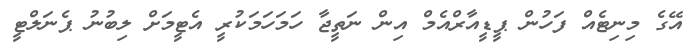
އޭގެ މިނިޓެއް ފަހުން ޕީޑީއާރްއެމް އިން ނަތީޖާ ހަމަހަމަކުރީ އެޓީމަށް ލިބުނު ޕެނަލްޓީ